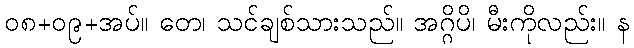
၀၈+၀၉+အပ်။ တေ၊ သင်ချစ်သားသည်။ အဂ္ဂိပိ၊ မီးကိုလည်း။ န